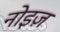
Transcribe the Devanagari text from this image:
नोइज़